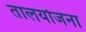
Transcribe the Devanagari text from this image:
तालयोजना